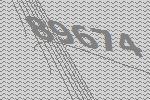
89674